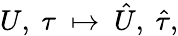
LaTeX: U,\ \tau\ \mapsto\ \hat{U},\ \hat{\tau},